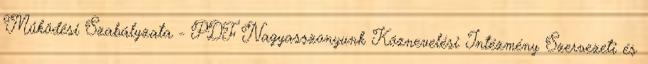
Működési Szabályzata - PDF Nagyasszonyunk Köznevelési Intézmény Szervezeti és